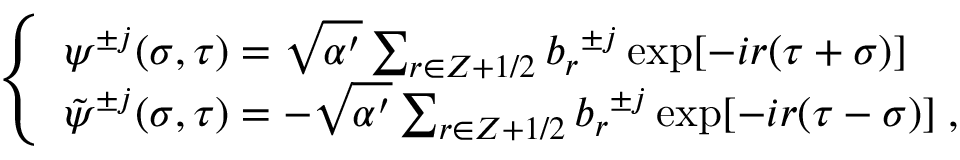
\left\{ \begin{array} { l } { { { \psi } ^ { \pm j } ( \sigma , \tau ) = \sqrt { \alpha ^ { \prime } } \sum _ { r \in Z + 1 / 2 } { b _ { r } } ^ { \pm j } \exp [ - i r ( \tau + \sigma ) ] } } \\ { { { \tilde { \psi } } ^ { \pm j } ( \sigma , \tau ) = - \sqrt { \alpha ^ { \prime } } \sum _ { r \in Z + 1 / 2 } { b _ { r } } ^ { \pm j } \exp [ - i r ( \tau - \sigma ) ] \; , } } \end{array} \right.